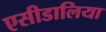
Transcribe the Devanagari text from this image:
एसीडालिया